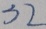
3 2